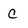
Character: c